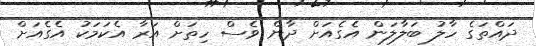
ދައްތަގެ ހާލު ބަލާލަން އެގެއަށް ދާން ވެސް ހިތަށް އަރާ އެކަމަކު އެގެއަށް